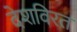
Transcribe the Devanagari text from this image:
देशविरत